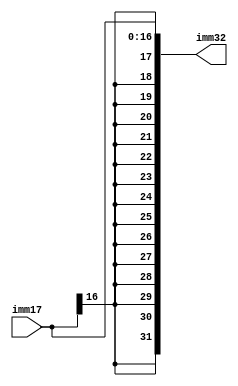
module signex(imm17, imm32);
	input [16:0] imm17;
	output [31:0] imm32;
	
	assign imm32[16:0] = imm17[16:0];
	assign imm32[31:17] = {15{imm17[16]}};
endmodule